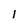
Character: 1